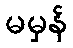
မမှန်